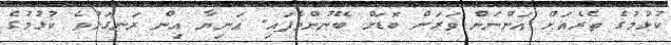
ކުޅުމުގެ ތެރެއަށް އަންނަން ވަރަށް ބޮޑަށް ބޭނުންވެފައި. އަނިޔާ އިން ރަނގަޅުވެ ކުޅުމުގެ